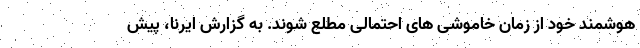
هوشمند خود از زمان خاموشی های احتمالی مطلع شوند. به گزارش ایرنا، پیش